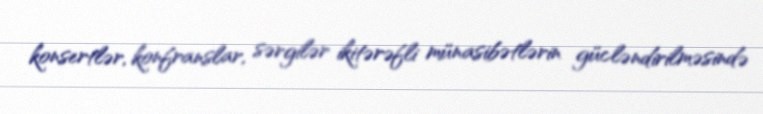
konsertlər, konfranslar, sərgilər ikitərəfli münasibətlərin gücləndirilməsində